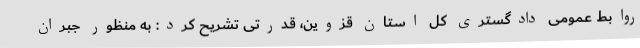
روابط عمومی دادگستری کل استان قزوین، قدرتی تشریح کرد: به منظور جبران